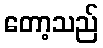
တော့သည်